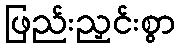
ဖြည်းညှင်းစွာ